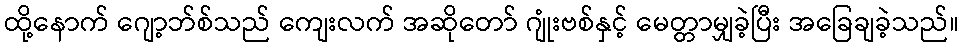
ထို့နောက် ဂျော့ဘ်စ်သည် ကျေးလက် အဆိုတော် ဂျုံးဗစ်နှင့် မေတ္တာမျှခဲ့ပြီး အခြေချခဲ့သည်။